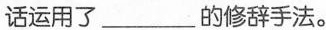
话运用了___的修辞手法。